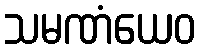
သမဏံယေဝ